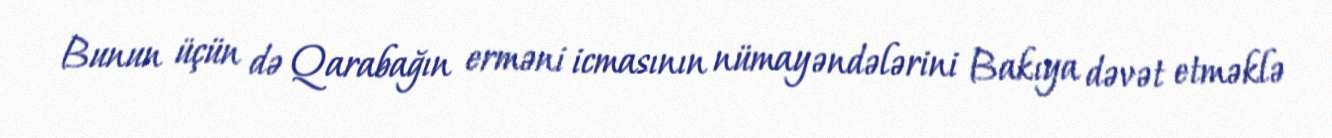
Bunun üçün də Qarabağın erməni icmasının nümayəndələrini Bakıya dəvət etməklə